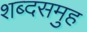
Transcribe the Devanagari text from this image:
शब्दसमुह